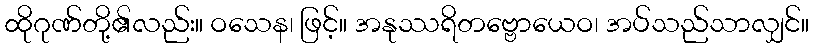
ထိုဂုဏ်တို့၏လည်း။ ဝသေန၊ ဖြင့်။ အနုဿရိတဗ္ဗောယေဝ၊ အပ်သည်သာလျှင်။